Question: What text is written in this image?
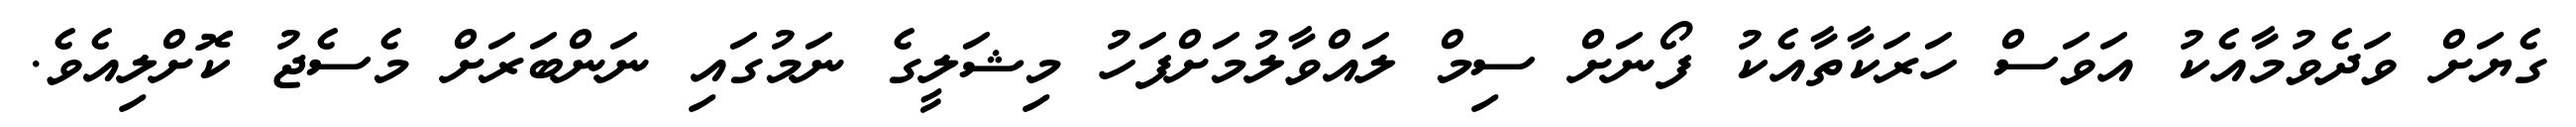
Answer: ގެޔަށް ވަދެވުމާއެކު އަވަސް ހަރަކާތާއެކު ފޯނަށް ސިމް ލައްވާލުމަށްފަހު މިޝަލީގެ ނަމުގައި ނަންބަރަށް މެސެޖު ކޮށްލިއެވެ.